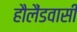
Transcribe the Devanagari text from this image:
हौलैंडवासी